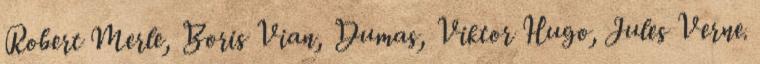
Robert Merle, Boris Vian, Dumas, Viktor Hugo, Jules Verne.